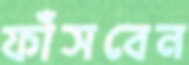
ফাঁসবেন